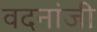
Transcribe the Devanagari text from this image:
वदनांजी